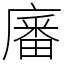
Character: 㢖